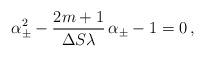
LaTeX: \begin{align*}\alpha_\pm^2-\frac{2m+1}{\Delta S\lambda}\,\alpha_\pm-1=0\, ,\end{align*}